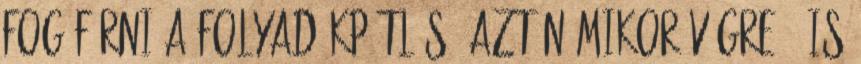
fog férni a folyadékpótlás. Aztán mikor végre ő is